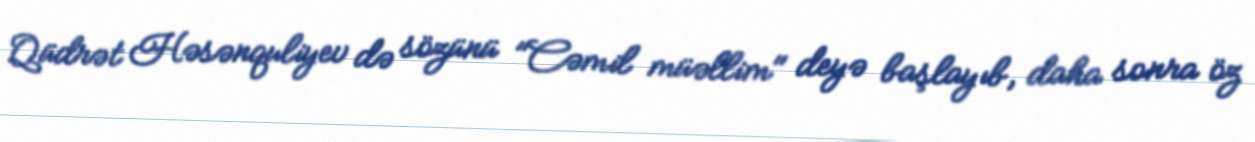
Qüdrət Həsənquliyev də sözünü "Cəmil müəllim" deyə başlayıb, daha sonra öz